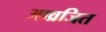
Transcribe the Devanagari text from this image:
आव्रजित